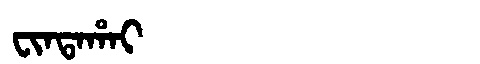
Manchu: ᠸᡳᠨᡨᠠᡥᠠᡳ
Romanization: FINTAHAI